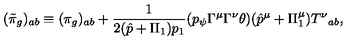
( \tilde { \pi } _ { g } ) _ { a b } \equiv ( \pi _ { g } ) _ { a b } + \frac 1 { 2 ( \hat { p } + \Pi _ { 1 } ) p _ { 1 } } ( p _ { \psi } \Gamma ^ { \mu } \Gamma ^ { \nu } \theta ) ( \hat { p } ^ { \mu } + \Pi _ { 1 } ^ { \mu } ) { T ^ { \nu } } _ { a b } ,